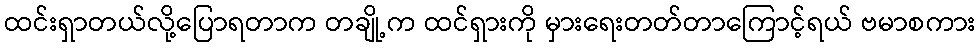
ထင်းရှာတယ်လို့ပြောရတာက တချို့က ထင်ရှားကို မှားရေးတတ်တာကြောင့်ရယ် ဗမာစကား